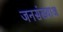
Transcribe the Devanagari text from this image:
जनसंख्याअ